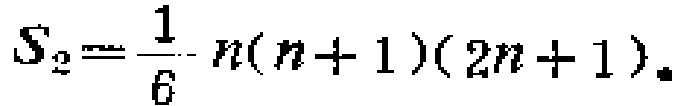
$S_{2}=\frac{1}{6}n(n + 1)(2n + 1)$